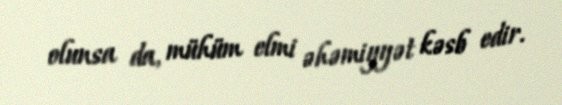
olunsa da, mühüm elmi əhəmiyyət kəsb edir.